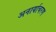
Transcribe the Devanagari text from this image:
अनार्याचरण